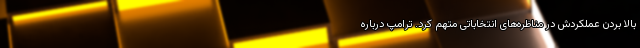
بالا بردن عملکردش در مناظره‌های انتخاباتی متهم کرد. ترامپ درباره